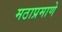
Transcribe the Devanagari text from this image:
मठाप्रमाणे